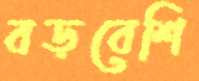
বড়বেশি